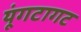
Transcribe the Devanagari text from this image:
यूंगटागट